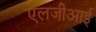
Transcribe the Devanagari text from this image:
एलजीआई